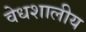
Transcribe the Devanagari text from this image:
वेधशालीय